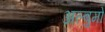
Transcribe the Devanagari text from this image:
अल्बुमो